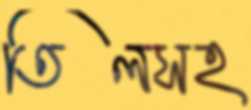
তিলসহ